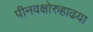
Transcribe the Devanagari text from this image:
पीनवक्षोरुहाढया